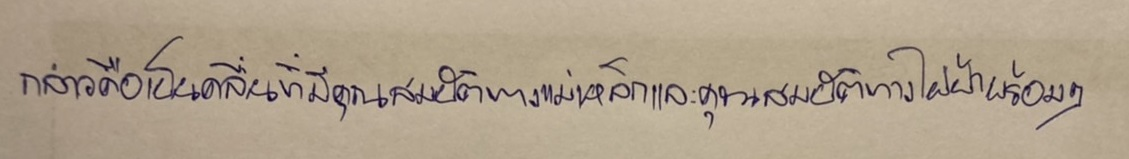
กล่าวคือเป็นคลื่นที่มีคุณสมบัติทางแม่เหล็กและคุณสมบัติทางไฟฟ้าพร้อมๆ